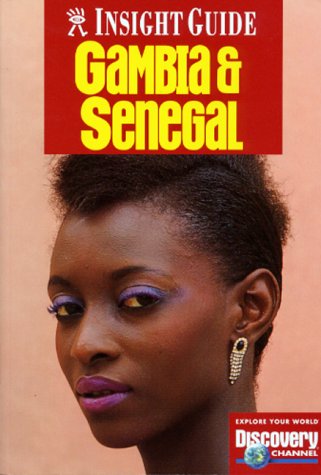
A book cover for Gambia & Senegal (Insight Guide Gambia & Senegal); Insight Guides; Travel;